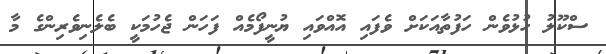
ސްކޫލު ހުޅުވެން ހަފުތާއަކަށް ވެފައި އޮއްވައި ޔުނީފޯމެއް ފަހަން ޖެހުމަކީ ބެލެނިވެރިންގެ މާ